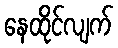
နေထိုင်လျက်